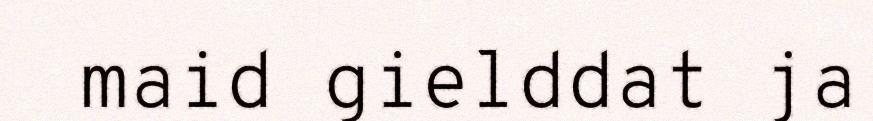
maid gielddat ja